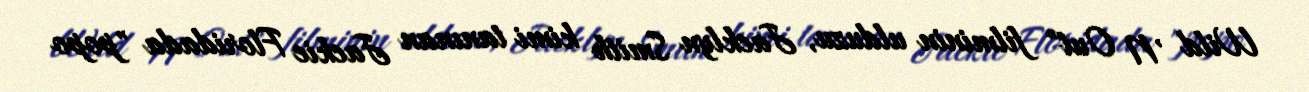
Wild 'N Out" filminin ulduzu, Jacklyn Smith kimi tanınan Jackie Floridada "popo